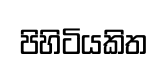
පිහිටියකිත